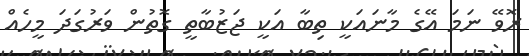
ރޮވޭ ނަމަ އޭގެ މާނައަކީ ތިބާ އަކީ ޖަޒުބާތީ ގޮތުން ވަރުގަދަ މީހެއް